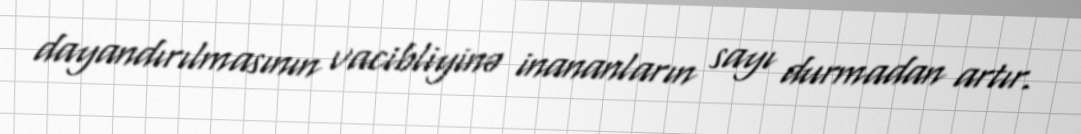
dayandırılmasının vacibliyinə inananların sayı durmadan artır.